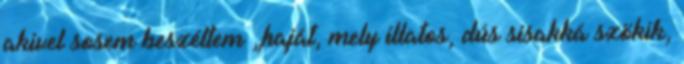
akivel sosem beszéltem „haját, mely illatos, dús sisakká szökik,